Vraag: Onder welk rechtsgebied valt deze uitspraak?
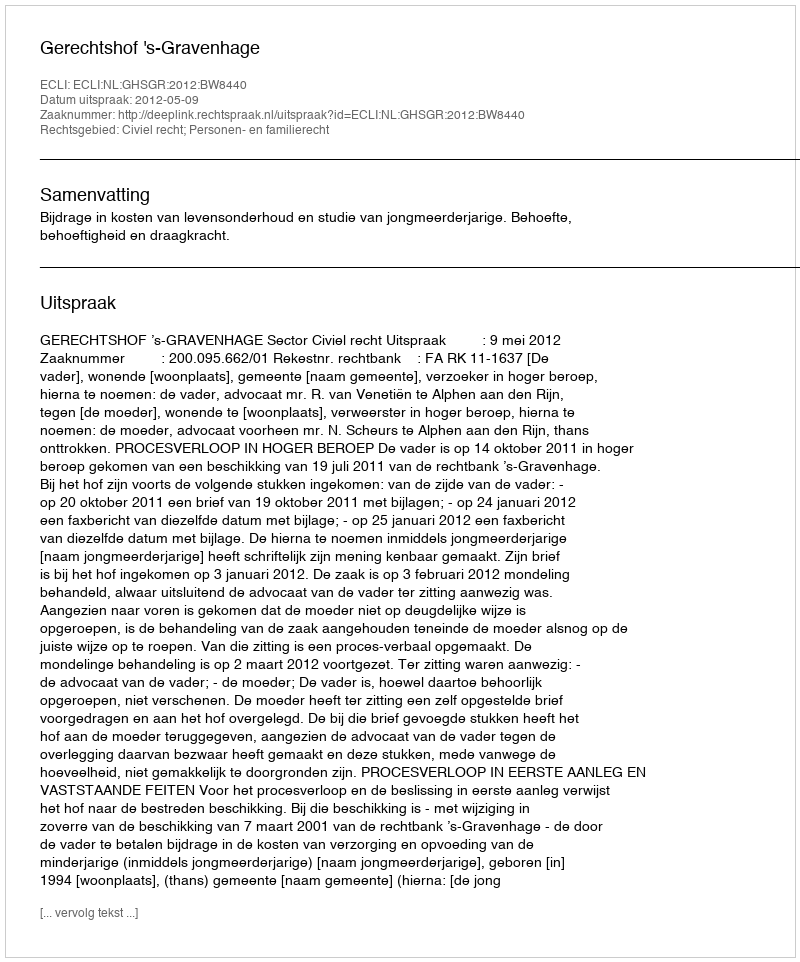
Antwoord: Civiel recht; Personen- en familierecht